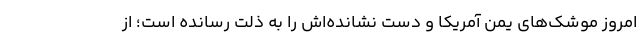
امروز موشک‌های یمن آمریکا و دست نشانده‌اش را به ذلت رسانده است؛ از